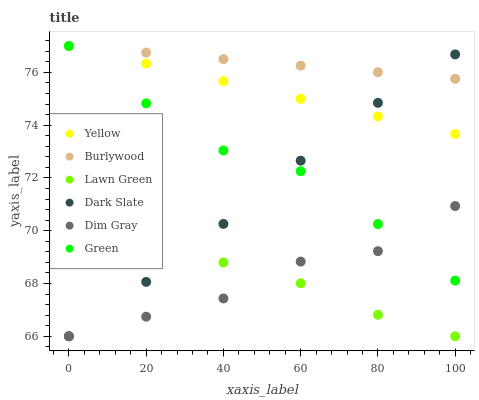
| xaxis_label | Yellow | Burlywood | Lawn Green | Dark Slate | Dim Gray | Green |
 | --- | --- | --- | --- | --- | --- | --- |
 | 0 | 77 | 77 | 69.1 | 66 | 66 | 77 |
 | 20 | 76.3 | 76.8 | 69.2 | 68.1 | 66.7 | 74.8 |
 | 40 | 75.7 | 76.5 | 68.8 | 70.3 | 67.4 | 73 |
 | 60 | 75 | 76.3 | 68 | 72.7 | 68.8 | 72.3 |
 | 80 | 74.3 | 76 | 66.8 | 74.8 | 69.2 | 70.3 |
 | 100 | 73.7 | 75.8 | 66 | 76.7 | 70.9 | 68.1 |